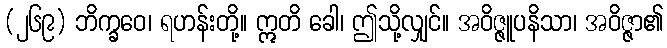
(၂၆၉) ဘိက္ခဝေ၊ ရဟန်းတို့။ ဣတိ ခေါ၊ ဤသို့လျှင်။ အဝိဇ္ဇူပနိသာ၊ အဝိဇ္ဇာ၏